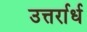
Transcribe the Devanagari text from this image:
उत्तर्रार्ध